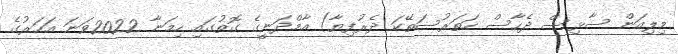
މިލިއަން ސާޅިސް ދެހާސް ހަތަރުސަތޭކަ ދެރުފިޔާ) އާމްދަނީގެ ގޮތުގައި ހިމަނާ 2022ވަނަ އަހަރުގެ